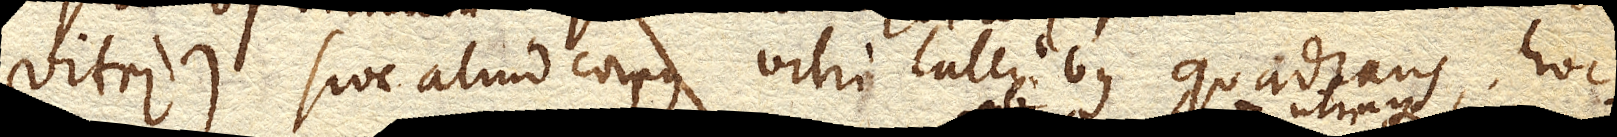
vitri) sive aliud corpus vitri lateribus quadrans, hoc si